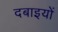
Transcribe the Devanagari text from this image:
दबाइयों